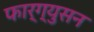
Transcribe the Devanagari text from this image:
फार्ग्युसन